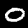
Digit: 0